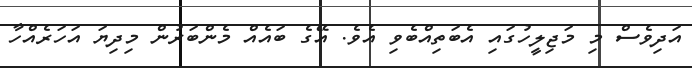
އަަދިވެސް މި މަޖިލީހުގައި އެބަތިއްބެވި އެވެ. އޭގެ ބައެއް މެންބަރުން މިދިޔަ އަހަރެއްހާ